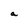
Character: a